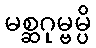
မစ္ဆဂုမ္ဗမ္ပိ